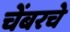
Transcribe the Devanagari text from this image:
चेंबरचे